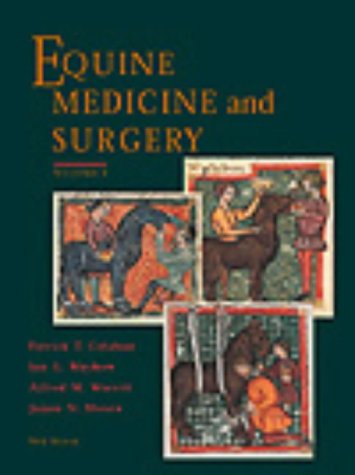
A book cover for Equine Medicine and Surgery (2-Volume Set); Patrick T. Colahan DVM; Medical Books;